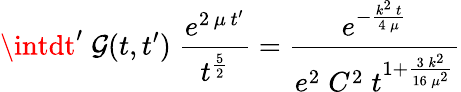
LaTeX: \intdt^{\prime}\; \mathcal{G}(t,t^{\prime})\; \frac{{e^{2\, \mu\, t^{\prime}}}}{{t^{\frac{5}{2}}}}=\frac{{e^{-\frac{{k^{2}\, t}}{{4\, \mu}}}}}{{e^{2}\; C^{2}\; t^{1+\frac{{3\, k^{2}}}{{16\, \mu^{2}}}}}}